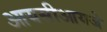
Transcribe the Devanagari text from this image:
आयसीआयजे